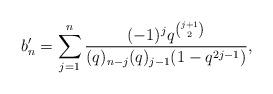
LaTeX: \begin{align*} b'_n = \sum_{j=1}^n \frac{(-1)^jq^{\binom{j+1}{2}}}{(q)_{n-j}(q)_{j-1}(1-q^{2j-1})},\end{align*}